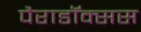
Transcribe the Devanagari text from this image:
पैराडॉक्सस